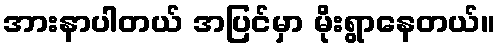
အားနာပါတယ် အပြင်မှာ မိုးရွာနေတယ်။